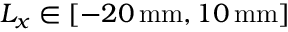
L _ { x } \in [ - 2 0 \, \mathrm { m m } , 1 0 \, \mathrm { m m } ]